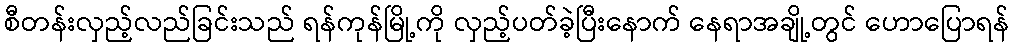
စီတန်းလှည့်လည်ခြင်းသည် ရန်ကုန်မြို့ကို လှည့်ပတ်ခဲ့ပြီးနောက် နေရာအချို့တွင် ဟောပြောရန်